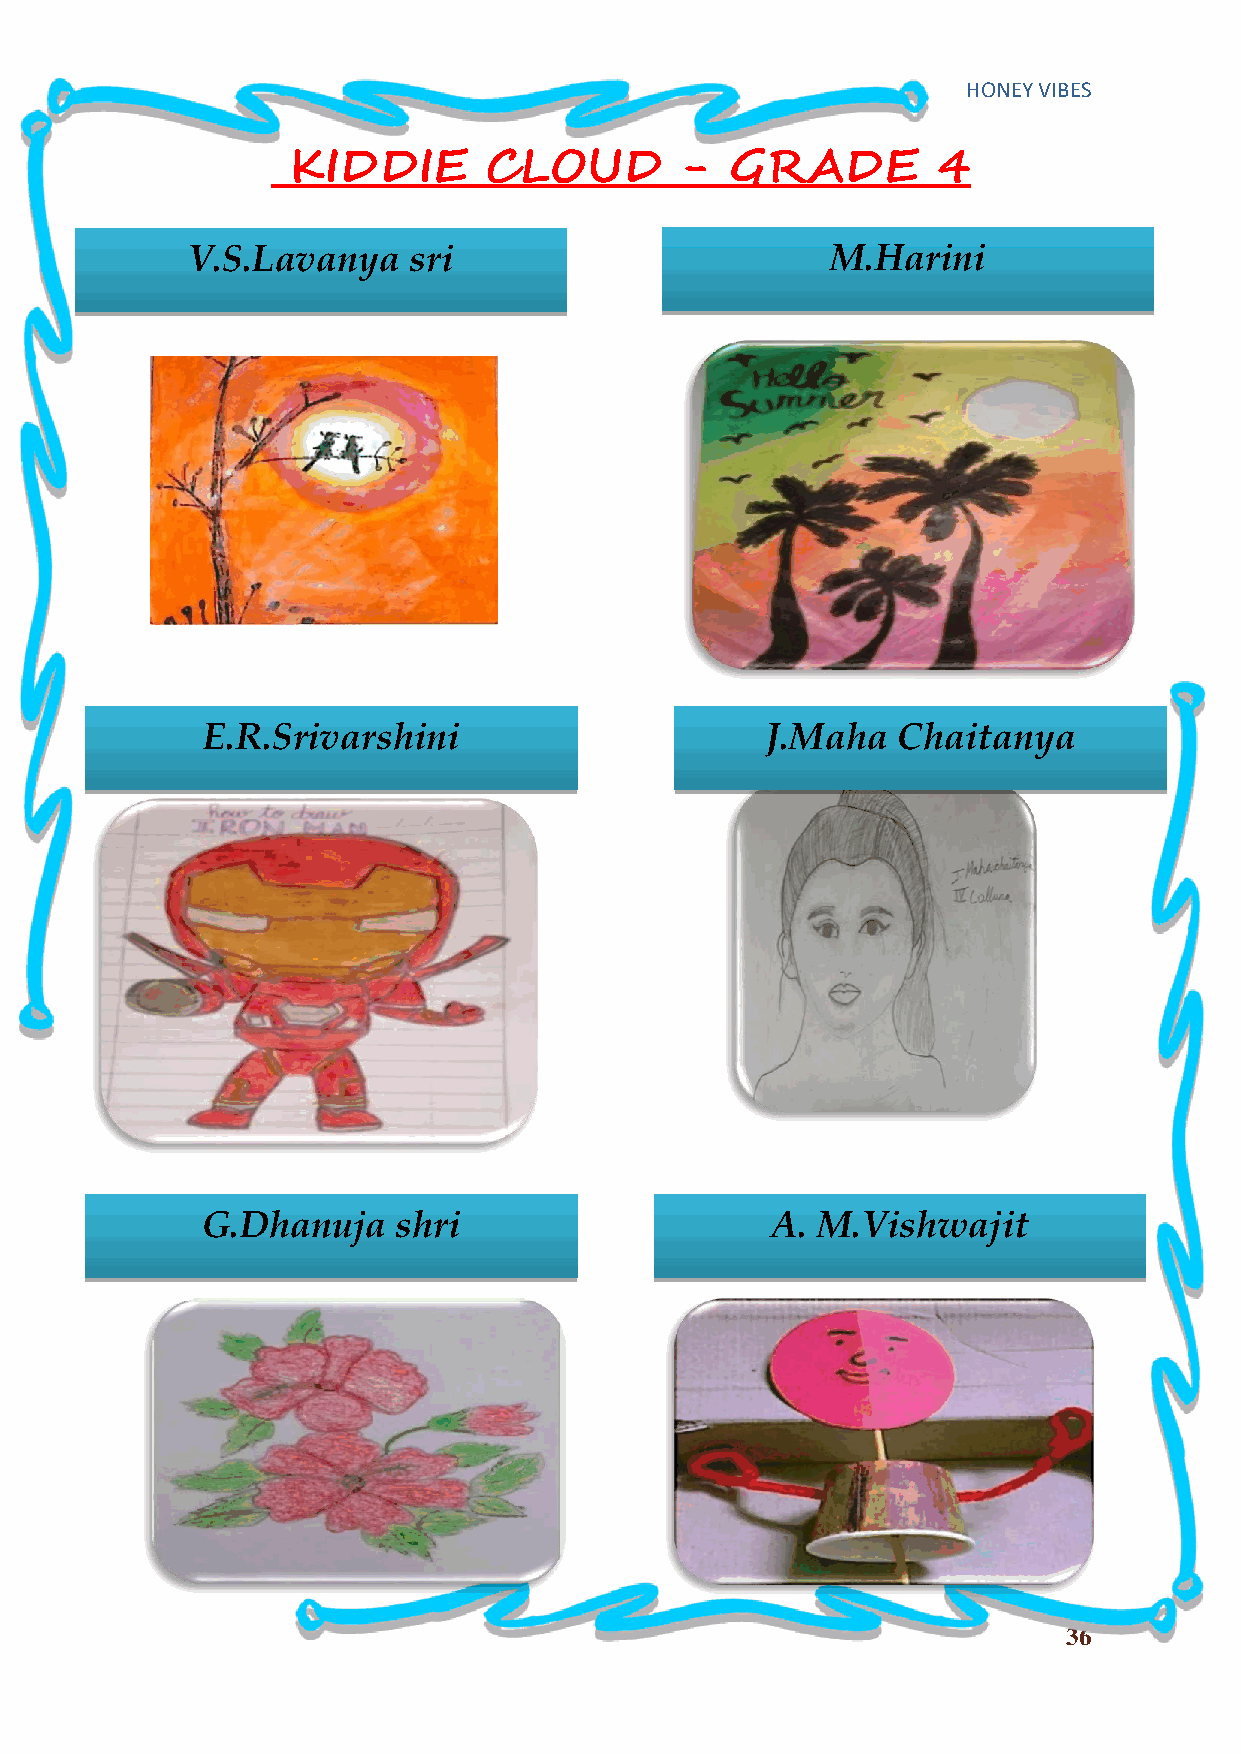
HONEY VIBES
 KIDDIE       CLOUD        -  GRADE         4
 V.S.Lavanya    sri                         M.Harini
 E.R.Srivarshini                       J.Maha  Chaitanya
 G.Dhanuja    shri                     A. M.Vishwajit
 36